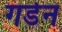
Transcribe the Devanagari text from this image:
गर्डन